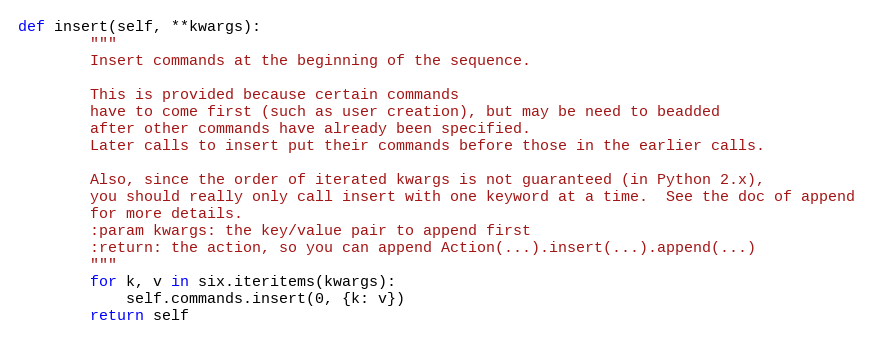
Language: Python
def insert(self, **kwargs):
        """
        Insert commands at the beginning of the sequence.

        This is provided because certain commands
        have to come first (such as user creation), but may be need to beadded
        after other commands have already been specified.
        Later calls to insert put their commands before those in the earlier calls.

        Also, since the order of iterated kwargs is not guaranteed (in Python 2.x),
        you should really only call insert with one keyword at a time.  See the doc of append
        for more details.
        :param kwargs: the key/value pair to append first
        :return: the action, so you can append Action(...).insert(...).append(...)
        """
        for k, v in six.iteritems(kwargs):
            self.commands.insert(0, {k: v})
        return self